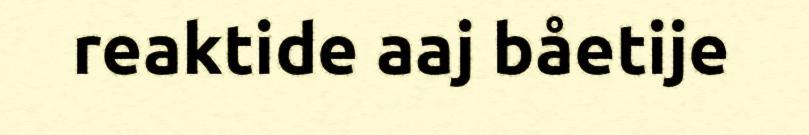
reaktide aaj båetije